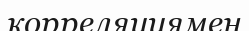
корреляциямен